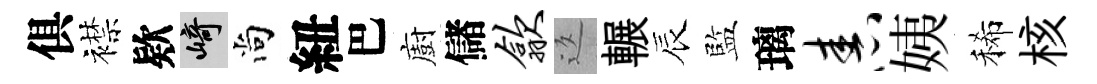
俱襟欵崎尚紐巴廚儲歙返輾辰監璃舂姨稀核